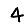
Digit: 4